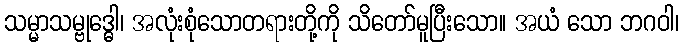
သမ္မာသမ္ဗုဒ္ဓေါ၊ အလုံးစုံသောတရားတို့ကို သိတော်မူပြီးသော။ အယံ သော ဘဂဝါ၊